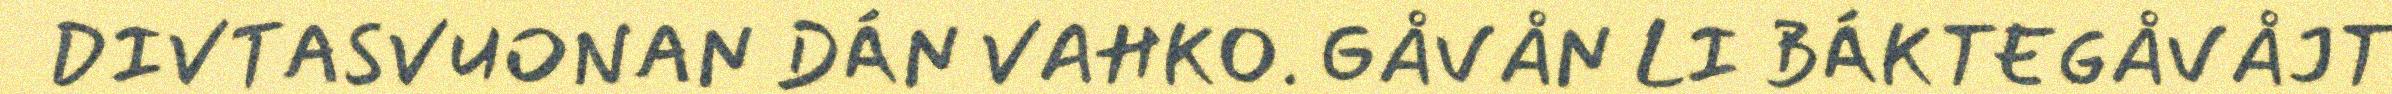
DIVTASVUONAN DÁN VAHKO. GÅVÅN LI BÁKTEGÅVÅJT